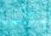
الأيسر